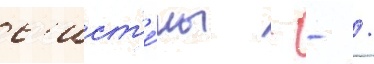
с'ист'е́мы - - /